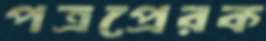
পত্রপ্রেরক